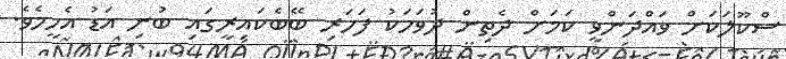
ސްކޫލަކަށް ވައްދަންވީ ކަމަށް ދެތިން ދުވަހަކު ފަހަރި ބޭބެކައިރީގައި ބުނި އަޑު އެހީމެވެ.